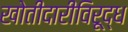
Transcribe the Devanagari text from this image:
खोतीदारीविरूद्ध